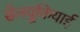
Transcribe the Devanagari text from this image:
सेलयूकियाई